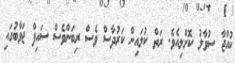
ކުއްޖާ ސުވާލު ކޮށްލިއެވެ. ރަތް ކުލައިން ކަރުދާސް ވެސް ރިބަންވެސް ސައިފް ޖަވާބުގައި